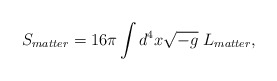
\begin{align*}S_{matter}=16\pi\int d^4x\sqrt{-g}\;L_{matter},\end{align*}